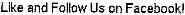
LIKE AND FOLLOW US ON FACEBOOK!